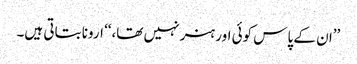
’’ان کے پاس کوئی اور ہنر نہیں تھا،‘‘ ارونا بتاتی ہیں۔